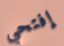
إفتحي